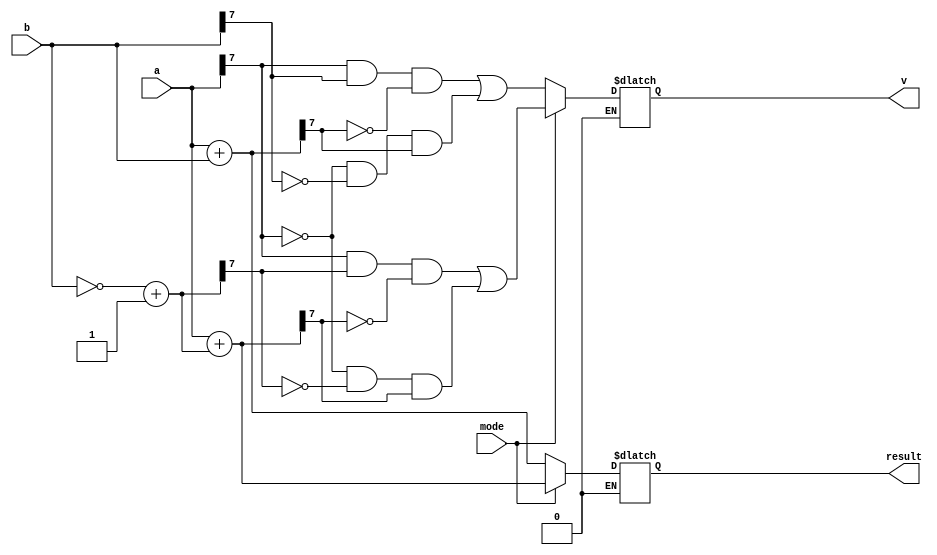
module _8bit_adder_sub(
    input [7:0] a,
    input [7:0] b,
    input mode,
    output reg [7:0] result,
    output reg v
    );
    
    reg [7:0]com;
    
    always @ (a,b,mode)
     begin
       if(mode == 1)
        begin
          com = ~b + 1'b1;
          result = a + com;
            v = (a[7]&com[7]&~result[7]) | (~a[7]&~com[7]&result[7]); 
        end
       else if(mode == 0)
        begin
           result = a + b;
            v = (a[7]&b[7]&~result[7]) | (~a[7]&~b[7]&result[7]); 
        end
      end   
       
           
endmodule